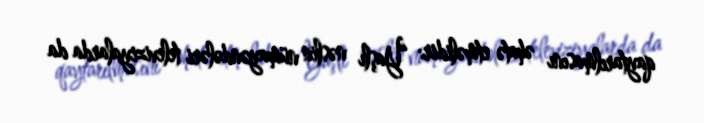
qaytarılmasını əhatə etməlidir: “Yaşlı nəslin nümayəndələri televiziyalarda da